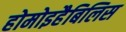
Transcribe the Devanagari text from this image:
होमोइहैबिलिस